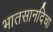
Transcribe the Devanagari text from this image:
भातसानदिचा